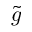
\tilde { g }